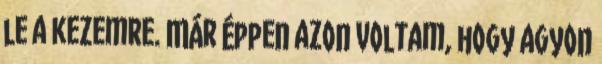
le a kezemre. Már éppen azon voltam, hogy agyon